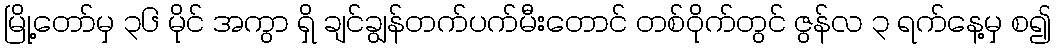
မြို့တော်မှ ၃၆ မိုင် အကွာ ရှိ ချင်ချွန်တက်ပက်မီးတောင် တစ်ဝိုက်တွင် ဇွန်လ ၃ ရက်နေ့မှ စ၍